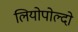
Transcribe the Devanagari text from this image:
लियोपोल्दो